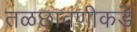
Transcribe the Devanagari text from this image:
तळछावणीकडे